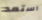
استعد